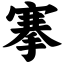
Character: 搴